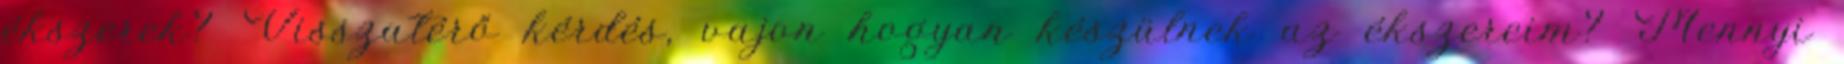
ékszerek? Visszatérő kérdés, vajon hogyan készülnek az ékszereim? Mennyi